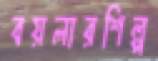
বয়লারশিল্প